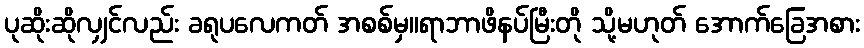
ပုဆိုးဆိုလျှင်လည်း ခရုပလေကတ် အစစ်မှ။ရာဘာဖိနပ်မြီးတို သို့မဟုတ် အောက်ခြေအစား